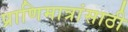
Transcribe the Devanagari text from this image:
प्राणिमात्रांसाठी